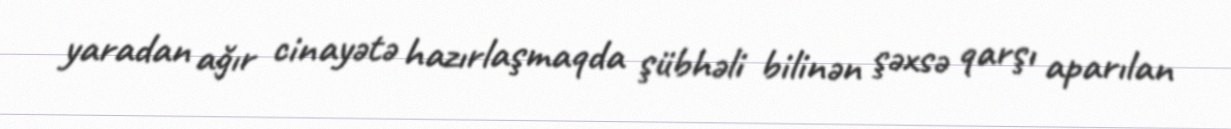
yaradan ağır cinayətə hazırlaşmaqda şübhəli bilinən şəxsə qarşı aparılan